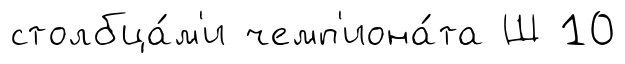
столбца́м'и чемп'иона́та Ш 10